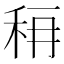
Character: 𰨟